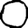
Digit: 0